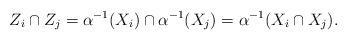
LaTeX: \begin{align*}Z_i \cap Z_j = \alpha^{-1}(X_i) \cap \alpha^{-1}(X_j) = \alpha^{-1}(X_i \cap X_j). \end{align*}